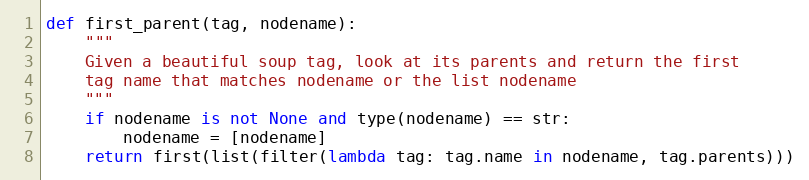
Language: Python
def first_parent(tag, nodename):
    """
    Given a beautiful soup tag, look at its parents and return the first
    tag name that matches nodename or the list nodename
    """
    if nodename is not None and type(nodename) == str:
        nodename = [nodename]
    return first(list(filter(lambda tag: tag.name in nodename, tag.parents)))